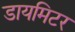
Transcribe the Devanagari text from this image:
डायमिटर